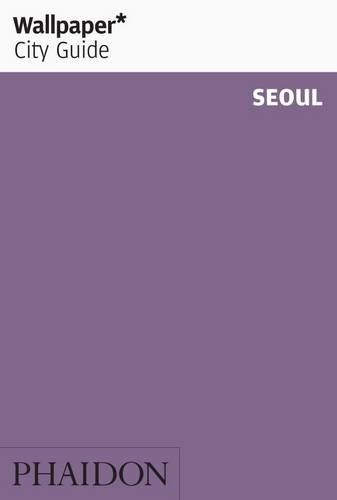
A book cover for Wallpaper* City Guide Seoul 2013; Travel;